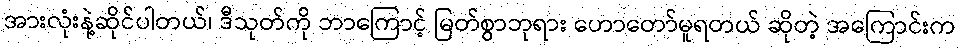
အားလုံးနဲ့ဆိုင်ပါတယ်၊ ဒီသုတ်ကို ဘာကြောင့် မြတ်စွာဘုရား ဟောတော်မူရတယ် ဆိုတဲ့ အကြောင်းက